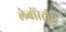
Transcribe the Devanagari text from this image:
लेबोरेट्रीस